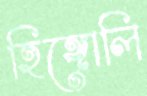
হিঙ্গোলি